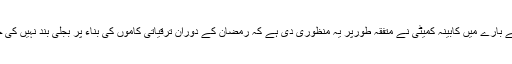
توانائی کے بارے میں کابینہ کمیٹی نے متفقہ طورپر یہ منظوری دی ہے کہ رمضان کے دوران ترقیاتی کاموں کی بناء پر بجلی بند نہیں کی جائے گی۔